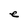
Character: e